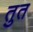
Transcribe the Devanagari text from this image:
तुत